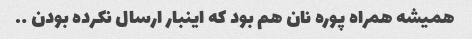
همیشه همراه پوره نان هم بود که اینبار ارسال نکرده بودن ….